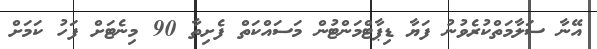
އޭނާ ސަލާމަތްކުރެވުނު ފަޔާ ޑިޕާޓްމަންޓުން މަސައްކަތް ފެށިތާ 90 މިނެޓަށް ފަހު ކަމަށް